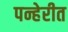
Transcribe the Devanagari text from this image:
पन्हेरीत